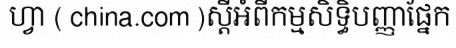
ហ្វា ( china.com )ស្តីអំពីកម្មសិទ្ធិបញ្ញាផ្នែក